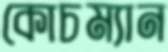
কোচম্যান